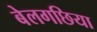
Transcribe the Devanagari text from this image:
बेलगछिया